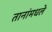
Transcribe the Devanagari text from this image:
तानांमधले